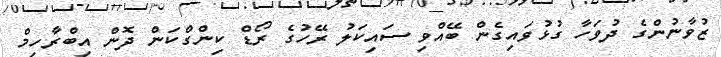
ޒުވާނުންގެ ދުވަހާ ގުޅުވައިގެން ބޭއްވި ސައިކަލު ރޭހުގެ ރޯޑް ކިންގްކަން ދޮން އިބްރާހިމް